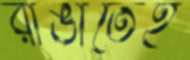
রাঙাতেই